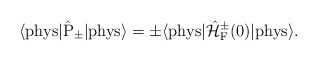
\begin{align*}\langle {\rm phys}| \hat{\rm P}_{\pm}|{\rm phys} \rangle =\pm \langle {\rm phys}| \hat{\cal H}_{\rm F}^{\pm}(0)|{\rm phys} \rangle .\end{align*}